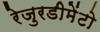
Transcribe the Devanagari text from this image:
रेजुरडीमेंटो